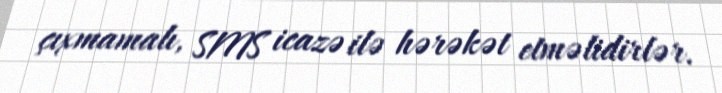
çıxmamalı, SMS icazə ilə hərəkət etməlidirlər.